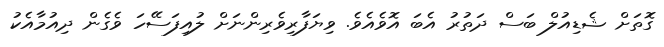
ގޮތަށް ޝެޑިއުލް ބަސް ދަތުރު އެބަ އޮވެއެވެ. ވިޔަފާރިވެރިންނަށް ލުއިފަސޭހަ ވެގެން ދިއުމާއެކު